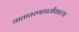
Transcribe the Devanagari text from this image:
वातावरणापलीकडल्या